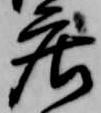
庄